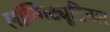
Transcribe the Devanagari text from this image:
लॉन्गिट्यूडिनल